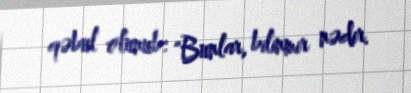
qəbul olunub: "Bunlar, bilinmir nədir.